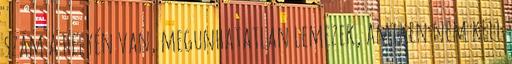
szám a helyén van, megunhatatlan lemezek, amiken nem kell